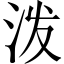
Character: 泼